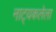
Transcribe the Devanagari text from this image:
नाट्यकलेला